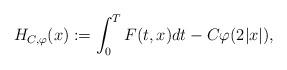
LaTeX: \begin{align*} H_{C,\varphi}(x):=\int_0^TF(t,x)dt-C\varphi(2|x|),\end{align*}